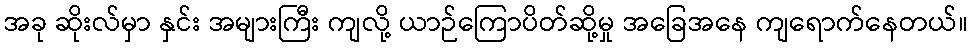
အခု ဆိုးလ်မှာ နှင်း အများကြီး ကျလို့ ယာဉ်ကြောပိတ်ဆို့မှု အခြေအနေ ကျရောက်နေတယ်။